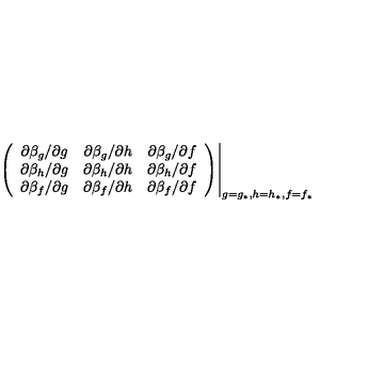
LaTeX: \left. \left( \begin{array} { c c c } { \partial \beta _ { g } / \partial g } & { \partial \beta _ { g } / \partial h } & { \partial \beta _ { g } / \partial f } \\ { \partial \beta _ { h } / \partial g } & { \partial \beta _ { h } / \partial h } & { \partial \beta _ { h } / \partial f } \\ { \partial \beta _ { f } / \partial g } & { \partial \beta _ { f } / \partial h } & { \partial \beta _ { f } / \partial f } \\ \end{array} \right) \right| _ { g = g _ { \ast } , h = h _ { \ast } , f = f _ { \ast } }